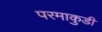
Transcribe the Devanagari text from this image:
परमाकुडी